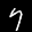
Label: 7